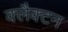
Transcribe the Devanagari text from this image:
क्लैक्टन